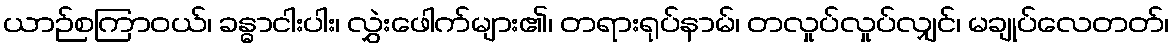
ယာဉ်စကြာဝယ်၊ ခန္ဓာငါးပါး၊ လွှဲးဖေါက်များ၏၊ တရားရုပ်နာမ်၊ တလှုပ်လှုပ်လျှင်၊ မချုပ်လေတတ်၊